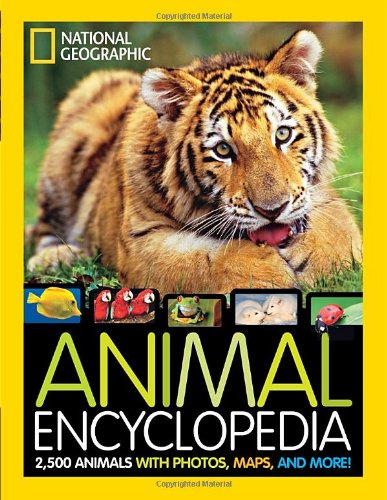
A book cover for National Geographic Animal Encyclopedia: 2,500 Animals with Photos, Maps, and More!; Lucy Spelman; Reference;